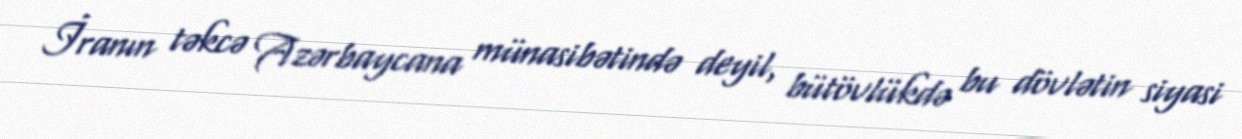
İranın təkcə Azərbaycana münasibətində deyil, bütövlükdə bu dövlətin siyasi